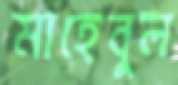
মাহেবুল